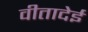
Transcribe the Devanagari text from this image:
वीतादेई